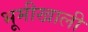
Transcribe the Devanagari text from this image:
भूमीखाली